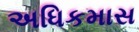
અધિકમાસ